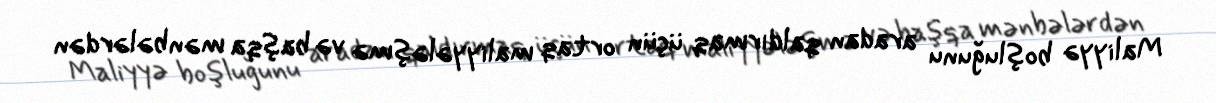
Maliyyə boşluğunu aradan qaldırmaq üçün ortaq maliyyələşmə və başqa mənbələrdən